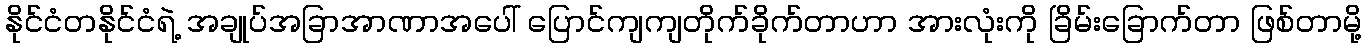
နိုင်ငံတနိုင်ငံရဲ့ အချုပ်အခြာအာဏာအပေါ် ပြောင်ကျကျတိုက်ခိုက်တာဟာ အားလုံးကို ခြိမ်းခြောက်တာ ဖြစ်တာမို့